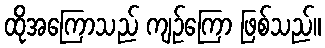
ထိုအကြောသည် ကျဉ်ကြော ဖြစ်သည်။